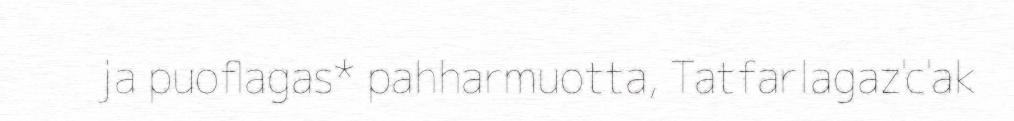
ja puoflagas* pahharmuotta, Tatfarlagaz'c'ak